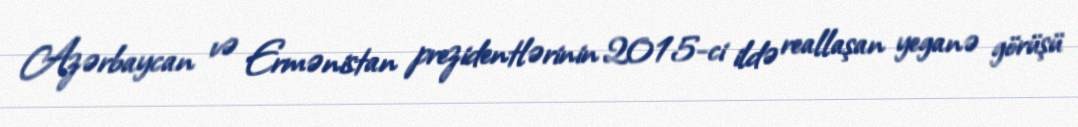
Azərbaycan və Ermənistan prezidentlərinin 2015-ci ildə reallaşan yeganə görüşü